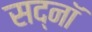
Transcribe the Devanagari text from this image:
सद्नॉ